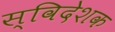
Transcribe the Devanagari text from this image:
स्विदेशक